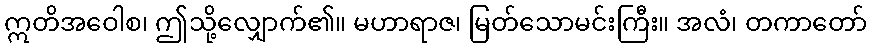
ဣတိအဝေါစ၊ ဤသို့လျှောက်၏။ မဟာရာဇ၊ မြတ်သောမင်းကြီး။ အလံ၊ တကာတော်